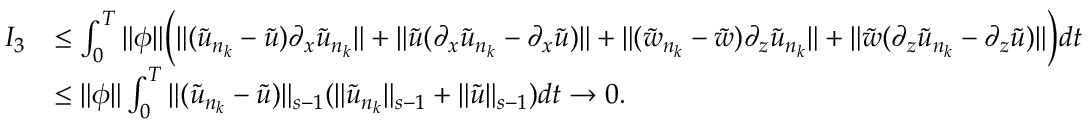
\begin{array} { r l } { I _ { 3 } } & { \leq \int _ { 0 } ^ { T } \| \phi \| \Big ( \| ( \tilde { u } _ { n _ { k } } - \tilde { u } ) \partial _ { x } \tilde { u } _ { n _ { k } } \| + \| \tilde { u } ( \partial _ { x } \tilde { u } _ { n _ { k } } - \partial _ { x } \tilde { u } ) \| + \| ( \tilde { w } _ { n _ { k } } - \tilde { w } ) \partial _ { z } \tilde { u } _ { n _ { k } } \| + \| \tilde { w } ( \partial _ { z } \tilde { u } _ { n _ { k } } - \partial _ { z } \tilde { u } ) \| \Big ) d t } \\ & { \leq \| \phi \| \int _ { 0 } ^ { T } \| ( \tilde { u } _ { n _ { k } } - \tilde { u } ) \| _ { s - 1 } ( \| \tilde { u } _ { n _ { k } } \| _ { s - 1 } + \| \tilde { u } \| _ { s - 1 } ) d t \rightarrow 0 . } \end{array}